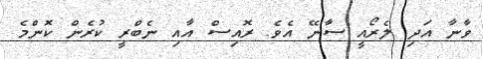
ވާނާ އަދި ލެރޯއީ ސާނޭ އެވެ. ރޮއިސް އާއި ނެބްރީ ކުރެން ކޮންމެ